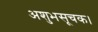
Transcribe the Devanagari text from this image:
अशुभसूचक।